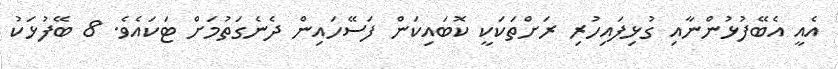
އެއީ އެބޭފުޅުންނާއި ގުޅިފައިހުރި ރަށްތަކަކީ ކޮބައިކަން ފަސޭހައިން ދެނެގަތުމަށް ޓަކައެވެ. 8 ބޭފުޅަކު